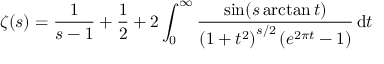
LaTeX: \zeta ( s ) = { \frac { 1 } { s - 1 } } + { \frac { 1 } { 2 } } + 2 \int _ { 0 } ^ { \infty } { \frac { \sin ( s \arctan t ) } { \left( 1 + t ^ { 2 } \right) ^ { s / 2 } \left( e ^ { 2 \pi t } - 1 \right) } } \, \mathrm { d } t